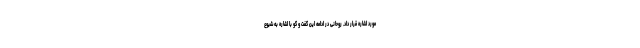
مورد اشاره قرار داد. روحانی در ادامه این گفت و گو با اشاره به شیوع